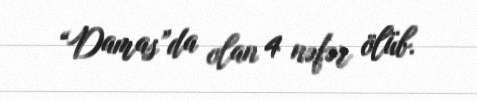
“Damas”da olan 4 nəfər ölüb.